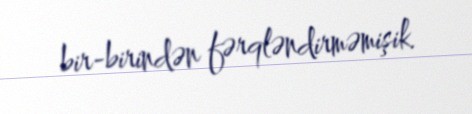
bir-birindən fərqləndirməmişik.